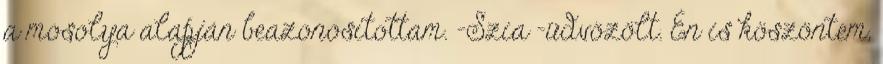
a mosolya alapján beazonosítottam. -Szia -üdvözölt. Én is köszöntem,